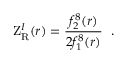
\mathrm { Z } _ { \mathrm { R } } ^ { I } ( r ) = { \frac { f _ { 2 } ^ { 8 } ( r ) } { 2 f _ { 1 } ^ { 8 } ( r ) } } ~ ~ .